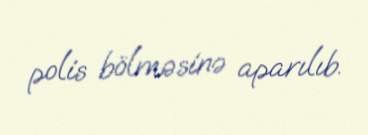
polis bölməsinə aparılıb.